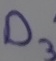
Text: D3